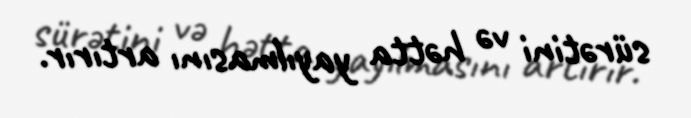
sürətini və hətta yayılmasını artırır.